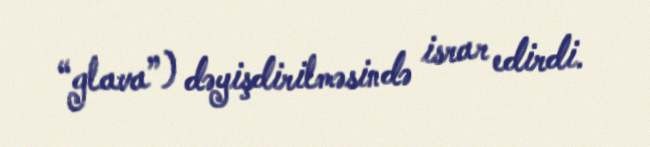
“glava”) dəyişdirilməsində israr edirdi.